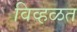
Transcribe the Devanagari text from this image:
विव्हळत